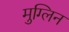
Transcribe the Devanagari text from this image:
मुग्लिन